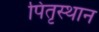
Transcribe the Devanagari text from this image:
पितृस्थान